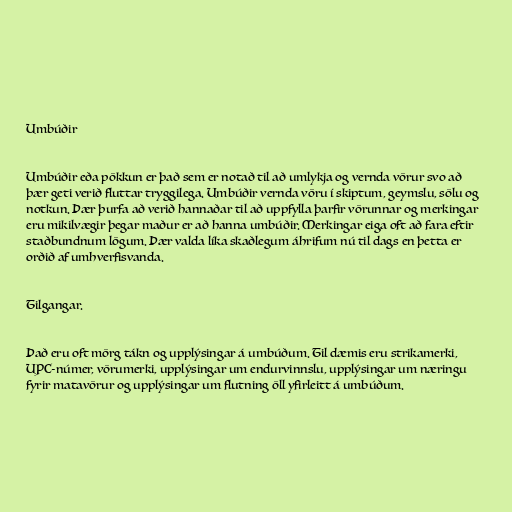
Umbúðir

Umbúðir eða pökkun er það sem er notað til að umlykja og vernda vörur svo að
þær geti verið fluttar tryggilega. Umbúðir vernda vöru í skiptum, geymslu, sölu og
notkun. Þær þurfa að verið hannaðar til að uppfylla þarfir vörunnar og merkingar
eru mikilvægir þegar maður er að hanna umbúðir. Merkingar eiga oft að fara eftir
staðbundnum lögum. Þær valda líka skaðlegum áhrifum nú til dags en þetta er
orðið af umhverfisvanda.

Tilgangar.

Það eru oft mörg tákn og upplýsingar á umbúðum. Til dæmis eru strikamerki,
UPC-númer, vörumerki, upplýsingar um endurvinnslu, upplýsingar um næringu
fyrir matavörur og upplýsingar um flutning öll yfirleitt á umbúðum.